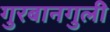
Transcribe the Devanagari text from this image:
गुरबानगुली